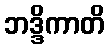
ဘဒ္ဒိကာတိ